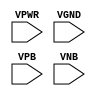
module sky130_fd_sc_ls__fill_diode (
    VPWR,
    VGND,
    VPB ,
    VNB
);

    input VPWR;
    input VGND;
    input VPB ;
    input VNB ;
endmodule